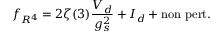
f _ { R ^ { 4 } } = 2 \zeta ( 3 ) \frac { V _ { d } } { g _ { s } ^ { 2 } } + I _ { d } + \mathrm { n o n ~ p e r t . }